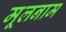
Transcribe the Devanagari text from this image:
मूलनाम